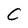
Character: C